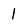
Character: 1